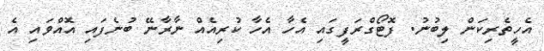
އެހީތެރިކަން ލިބުނު. ފޮޓޯގްރަފީގައި އެހާ އެހާ ކުރިއެއް ނާރާނޭ ބުނެފައި އޮއްވައި އެ